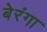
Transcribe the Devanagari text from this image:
बेरंगा